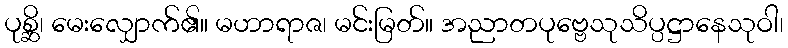
ပုစ္ဆိ၊ မေးလျှောက်၏။ မဟာရာဇ၊ မင်းမြတ်။ အညာတပုဗ္ဗေသုသိပ္ပဋ္ဌာနေသုဝါ၊